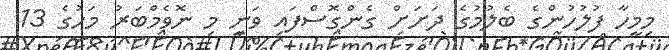
މިމީހާ ފުލުހުންގެ ބެލުމުގެ ދަށަށް ގެންގޮސްފައި ވަނީ މި ނޮވެމްބަރު މަހުގެ 13